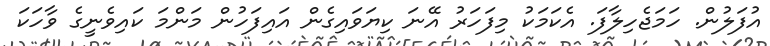
އުފަލުން. ހަމަޖެހިލާފަ. އެކަމަކު މިފަހަރު އޭނަ ކިޔަވައިގެން އައިފަހުން މަންމަ ކައިވެނީގެ ވާހަކަ